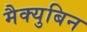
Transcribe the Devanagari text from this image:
मैक्युबिन